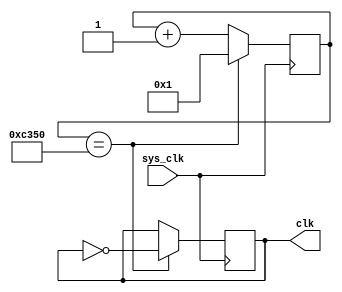
module lcd_clk_decoder(
	input sys_clk,
	output clk
);

reg [15:0] clk_divisor;
reg out_clk;

assign clk = out_clk;

// Convert 50MHz clk (20 ns) to 1KHz (1ms)
always @ (posedge sys_clk) begin
	if (clk_divisor == 16'd50_000) begin
		out_clk <= ~out_clk;
		clk_divisor <= 16'd1;
	end
	else begin
		clk_divisor <= clk_divisor + 1'b1;
	end
end

endmodule